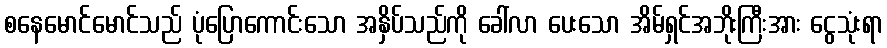
စနေမောင်မောင်သည် ပုံပြောကောင်းသော အနှိပ်သည်ကို ခေါ်လာ ပေးသော အိမ်ရှင်အဘိုးကြီးအား ငွေသုံးရာ